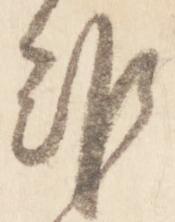
難